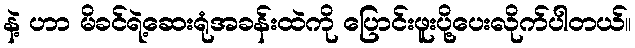
နဲ့ ဟာ မိခင်ရဲ့ဆေးရုံအခန်းထဲကို ပြောင်းဖူးပို့ပေးလိုက်ပါတယ်။